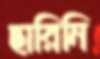
ছারিনি